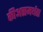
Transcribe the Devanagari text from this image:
कीअसमर्थता